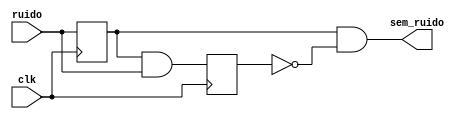
module level_to_pulse(
    input ruido,
    input clk,
    output sem_ruido
);

    reg FFD1; 
    reg FFD2;

    initial begin
        FFD1 = 1'b0;
        FFD2 = 1'b0;
    end

// TRANSITAR DE ESTADOS
    always @ ( posedge clk) begin
        FFD1 <= ruido;
        FFD2 <= FFD1 & ruido;
    end

// DEFINIR SADA
    wire aneg;
    not ( aneg, FFD2);
    and (sem_ruido, FFD1, aneg);
 
endmodule